Indian journal of veterinary science and animal husbandry - Volume 9,
Year: 1939
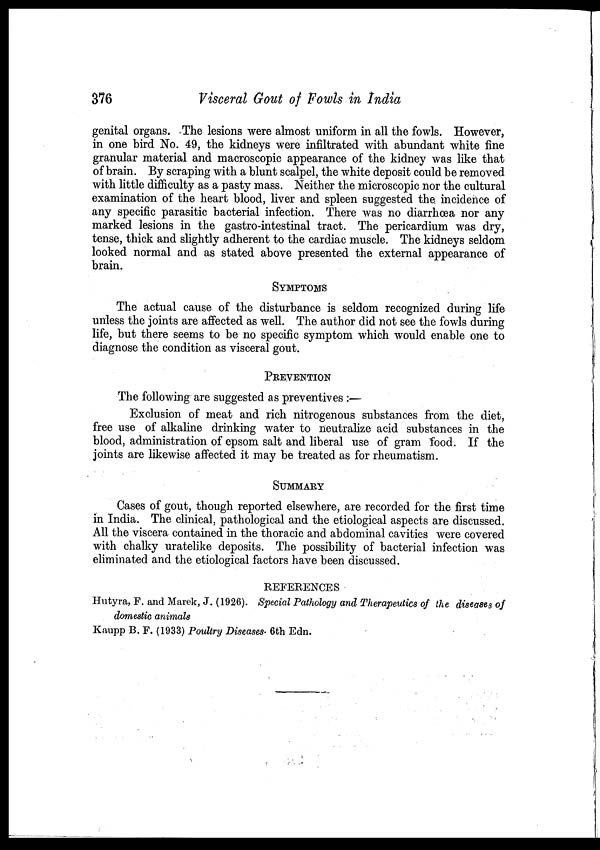
376
Visceral Gout of Fowls in India
genital organs. The lesions were almost uniform in all the fowls. However,
in one bird No. 49, the kidneys were infiltrated with abundant white fine
granular material and macroscopic appearance of the kidney was like that
of brain. By scraping with a blunt scalpel, the white deposit could be removed
with little difficulty as a pasty mass. Neither the microscopic nor the cultural
examination of the heart blood, liver and spleen suggested the incidence of
any specific parasitic bacterial infection. There was no diarrhœa nor any
marked lesions in the gastro-intestinal tract. The pericardium was dry,
tense, thick and slightly adherent to the cardiac muscle. The kidneys seldom
looked normal and as stated above presented the external appearance of
brain.
SYMPTOMS
The actual cause of the disturbance is seldom recognized during life
unless the joints are affected as well. The author did not see the fowls during
life, but there seems to be no specific symptom which would enable one to
diagnose the condition as visceral gout.
PREVENTION
The following are suggested as preventives :—
Exclusion of meat and rich nitrogenous substances from the diet,
free use of alkaline drinking water to neutralize acid substances in the
blood, administration of epsom salt and liberal use of gram food. If the
joints are likewise affected it may be treated as for rheumatism.
SUMMARY
Cases of gout, though reported elsewhere, are recorded for the first time
in India. The clinical, pathological and the etiological aspects are discussed.
All the viscera contained in the thoracic and abdominal cavities were covered
with chalky uratelike deposits. The possibility of bacterial infection was
eliminated and the etiological factors have been discussed.
REFERENCES
Hutyra, F. and Marek, J. (1926). Special Pathology and Therapeutics of the diseases of
domestic animals
Kaupp B. F. (1933) Poultry Diseases. 6th Edn.